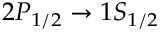
2 P _ { 1 / 2 } \to 1 S _ { 1 / 2 }